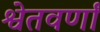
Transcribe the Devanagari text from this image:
श्वेतवर्णां